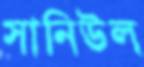
সানিউল